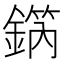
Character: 𨪗